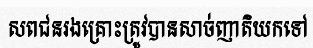
សពជនរងគ្រោះត្រូវបានសាច់ញាតិយកទៅ